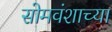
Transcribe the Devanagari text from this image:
सोमवंशाच्या